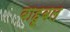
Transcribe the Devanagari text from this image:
बाहूबल